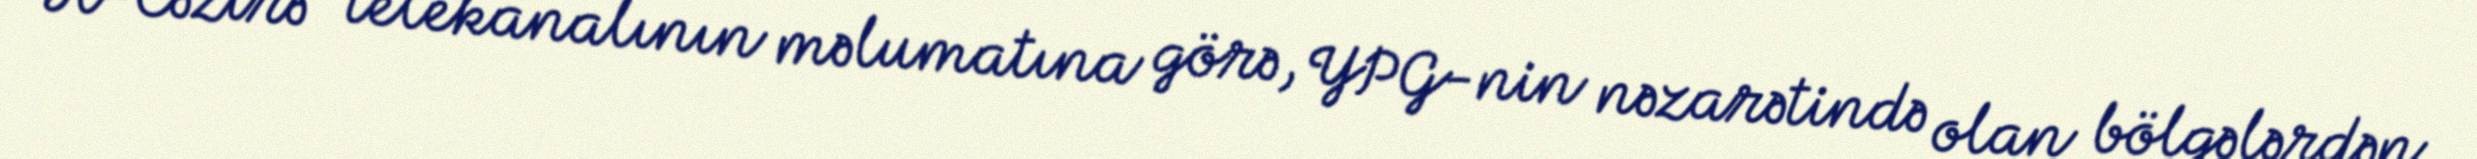
Əl-Cəzirə" telekanalının məlumatına görə, YPG-nin nəzarətində olan bölgələrdən